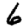
Digit: 6